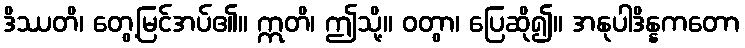
ဒိဿတိ၊ တွေ့မြင်အပ်၏။ ဣတိ၊ ဤသို့။ ဝတွာ၊ ပြေဆို၍။ အနုပါဒိန္နကတော